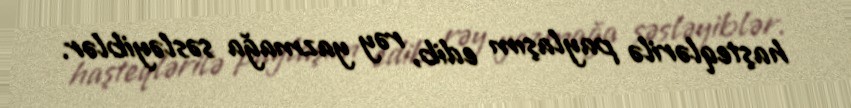
haşteqlərilə paylaşım edib, rəy yazmağa səsləyiblər.